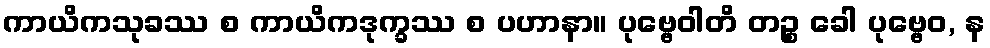
ကာယိကသုခဿ စ ကာယိကဒုက္ခဿ စ ပဟာနာ။ ပုဗ္ဗေဝါတိ တဉ္စ ခေါ ပုဗ္ဗေဝ, န